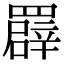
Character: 𦌠